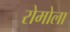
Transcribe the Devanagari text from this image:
रोमोला